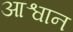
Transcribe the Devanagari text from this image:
आश्वान